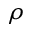
\rho